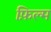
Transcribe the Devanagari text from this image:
फ़िल्म